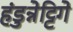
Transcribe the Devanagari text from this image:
हंडुन्नेट्टिगे